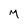
Character: M